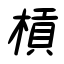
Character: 槓